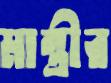
মান্ত্রীর